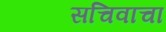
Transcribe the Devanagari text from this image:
सचिवाचा